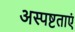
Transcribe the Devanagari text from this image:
अस्पष्टताएं